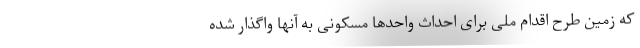
که زمین طرح اقدام ملی برای احداث واحدها مسکونی به آنها واگذار شده